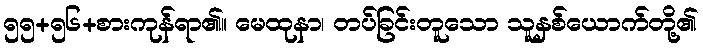
၅၅+၅၆+စားကုန်ရာ၏။ မေထုနာ၊ တပ်ခြင်းတူသော သူနှစ်ယောက်တို့၏